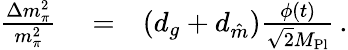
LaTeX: \begin{array}{rlr}{\frac{\Delta m_{\pi}^{2}}{m_{\pi}^{2}}}&{{}=}&{\left(d_{g}+d_{\hat{m}}\right)\frac{\phi(t)}{\sqrt{2}M_{\mathrm{Pl}}}\, .}\end{array}